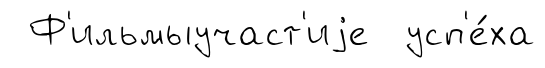
Ф'ильмыучаст'иjе усп'е́ха